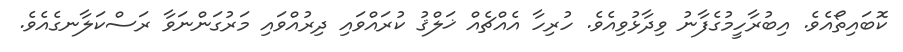
ކޮބައިތޯއެވެ. އިބުރާހީމުގެފާނު ވިދާޅުވިއެވެ. ހުރިހާ އެއްޗެއް ޚަލްޤު ކުރައްވައި ދިރުއްވައި މަރުގަންނަވާ ރަސްކަލާނގެއެވެ.